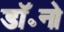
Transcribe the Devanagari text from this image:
डॉ॰नो